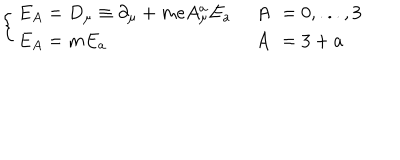
\left\{ \begin{array} { l r l } { { E _ { A } = D _ { \mu } \equiv \partial _ { \mu } + m e A _ { \mu } ^ { a } E _ { a } \; } } & { { A \! \! } } & { { = 0 , . . . , 3 } } \\ { { E _ { A } = m E _ { a } \quad } } & { { A \! \! } } & { { = 3 + a } } \\ \end{array} \right.